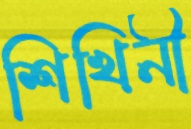
শিখিনী